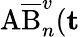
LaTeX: \mathrm{A}\overline{{\mathrm{B}}}_{n}^{v}(\mathbf t